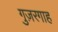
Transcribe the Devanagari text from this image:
गुज़रगाह